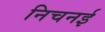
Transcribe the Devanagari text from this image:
निचनई